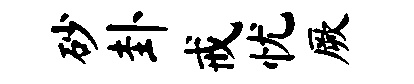
砂卦戒忧厥